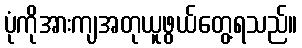
ပုံကိုအားကျအတုယူဖွယ်တွေ့ရသည်။